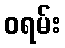
ဝရမ်း